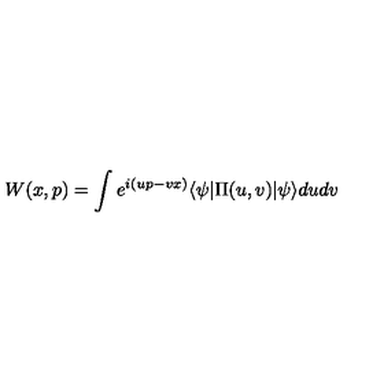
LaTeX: W ( x , p ) = \int e ^ { i ( u p - v x ) } \langle \psi | \Pi ( u , v ) | \psi \rangle d u d v